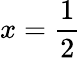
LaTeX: x={\frac{1}{2}}